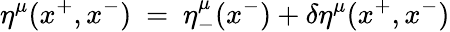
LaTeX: \eta^{\mu}(x^{+},x^{-})~=~\eta_{-}^{\mu}(x^{-})+\delta\eta^{\mu}(x^{+},x^{-})